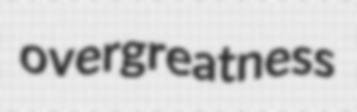
overgreatness